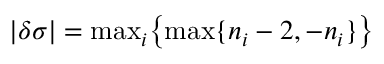
{ | \delta \sigma | = \mathrm { m a x } _ { i } \big \{ \mathrm { m a x } \{ n _ { i } - 2 , - n _ { i } \} \big \} }